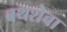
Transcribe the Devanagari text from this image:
बथशेबा